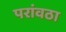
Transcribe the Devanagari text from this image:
परांवठा